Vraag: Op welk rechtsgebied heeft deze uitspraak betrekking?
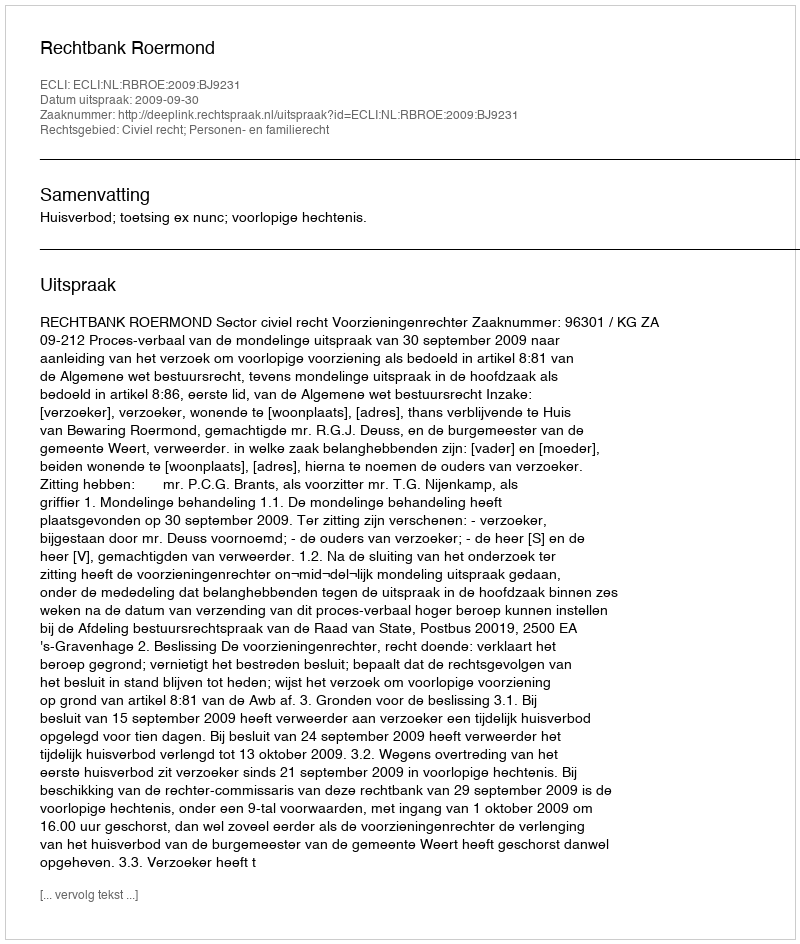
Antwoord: Civiel recht; Personen- en familierecht